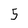
Character: 5